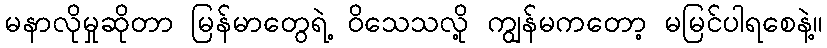
မနာလိုမှုဆိုတာ မြန်မာတွေရဲ့ ဝိသေသလို့ ကျွန်မကတော့ မမြင်ပါရစေနဲ့။